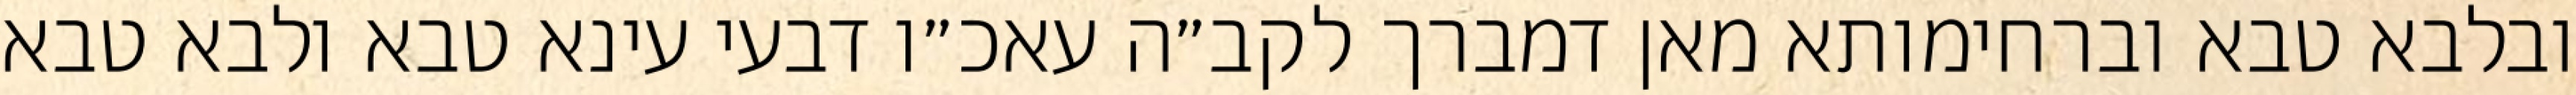
ובלבא טבא וברחימותא מאן דמברך לקב״ה עאכ״ו דבעי עינא טבא ולבא טבא